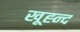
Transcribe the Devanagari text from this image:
खूह्न्द